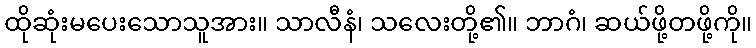
ထိုဆုံးမပေးသောသူအား။ သာလီနံ၊ သလေးတို့၏။ ဘာဂံ၊ ဆယ်ဖို့တဖို့ကို။